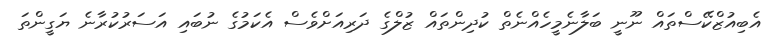
އެބިއުޒްކޭސްތައް ނޫނީ ބަލާނެމީހެއްނެތް ކުދިންތައް ޒުލްގެ ދަރިއަށްވެސް އެކަމުގެ ނުބައި އަސަރުކުރާނެ ޔަގީންތަ